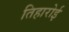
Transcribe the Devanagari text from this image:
तिहारोई